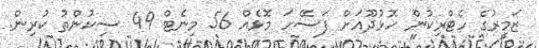
ޒަމީރުގެ ހެޓްރިކުން ހޮޅުދޫއަށް ފަސޭހަ މޮޅެއް 56 މިނެޓް 49 ސިކުންތު ކުރިން.